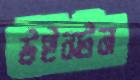
উইস্টন